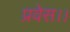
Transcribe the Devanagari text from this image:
प्रवेस।।